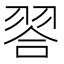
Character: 𮋁